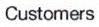
Customers